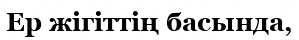
Ер жігіттің басында,